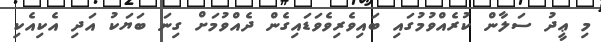
މި ޢީދު ސަލާން ކުރެއްވުމުގައި ބައިވެރިވެވަޑައިގެން ދެއްވުމަށް ގިނަ ބަޔަކު އަދި އެކިއެކި